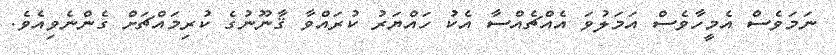
ނަމަވެސް އެމީހާވެސް އަމަލުވަ އެއްޗެއްސާ އެކު ހައްޔަރު ކުރައްވާ ޤާނޫނުގެ ކުރިމައްޗަށް ގެންނެވިއެވެ.